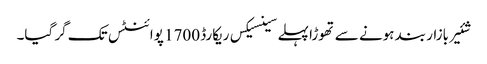
شئیر بازار بند ہونے سے تھوڑا پہلے سینسیکس ریکارڈ 1700 پوائنٹس تک گر گیا۔